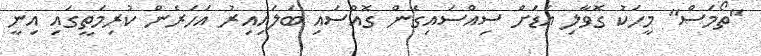
"ތޯމަސް" މީހަކު ގޮވާލި އަޑަށް ސިއްސައިގެން ގޮއްސައި ބަލައިއިރު އަހަރެން ކުރިމަތީގައި އިނީ